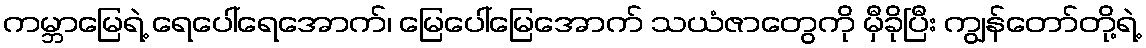
ကမ္ဘာမြေရဲ့ ရေပေါ်ရေအောက်၊ မြေပေါ်မြေအောက် သယံဇာတွေကို မှီခိုပြီး ကျွန်တော်တို့ရဲ့